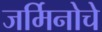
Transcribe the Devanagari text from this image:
जर्मिनोचे